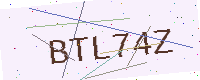
Text: BTL74Z